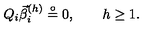
Q _ { i } \vec { \beta } _ { i } ^ { ( h ) } \stackrel { \circ } { = } { 0 } , \quad \quad h \geq 1 .